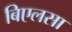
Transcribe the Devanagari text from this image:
बिएलसा